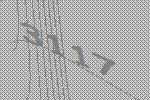
3117